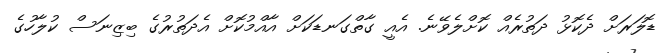
ޑޮލަރަށް ދެކޮޅު ދަތުރެއް ކޮށްލެވޭނެ. އެއީ ގާތްގަނޑަކަށް އާއްމުކޮށް އެދަތުރުގެ ބިޒިނަސް ކުލާހުގެ